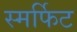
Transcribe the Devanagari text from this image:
स्मर्फिट